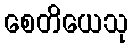
စေတိယေသု